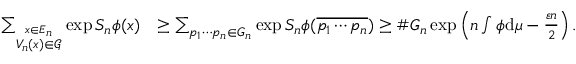
\begin{array} { r l } { \sum _ { \stackrel { x \in E _ { n } } { V _ { n } ( x ) \in \mathcal G } } \exp S _ { n } \phi ( x ) } & { \geq \sum _ { p _ { 1 } \cdots p _ { n } \in G _ { n } } \exp S _ { n } \phi ( \overline { { p _ { 1 } \cdots p _ { n } } } ) \geq \# G _ { n } \exp \left( n \int \phi \mathrm { d } \mu - \frac { \varepsilon n } { 2 } \right) . } \end{array}